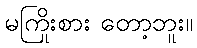
မကြိုးစား တော့ဘူး။